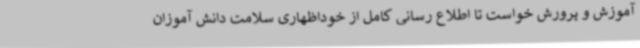
آموزش و پرورش خواست تا اطلاع رسانی کامل از خوداظهاری سلامت دانش آموزان